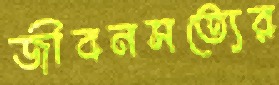
জীবনসত্যের